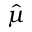
\hat { \mu }